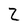
Character: Z